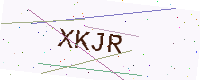
Text: XKJR